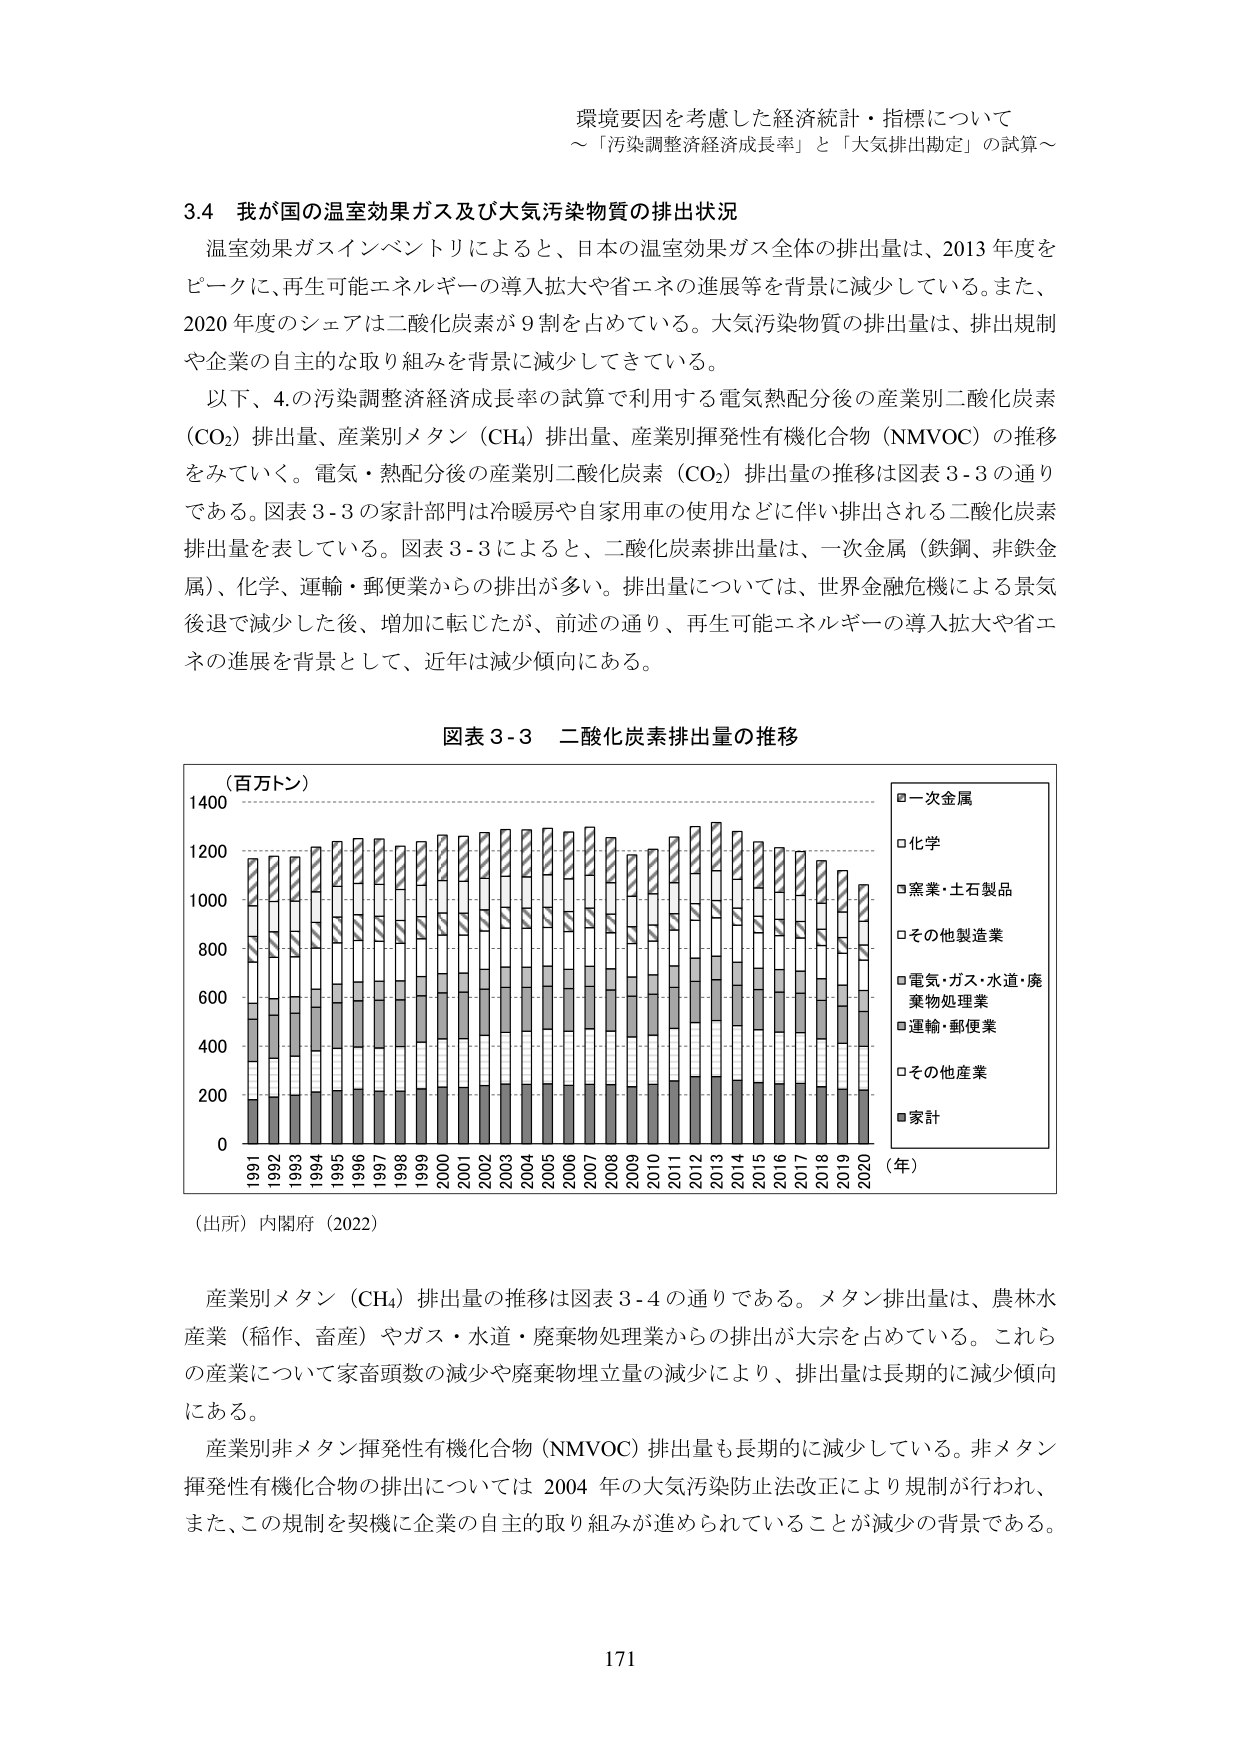
環境要因を考慮した経済統計・指標について
～「汚染調整経済成長率」と「大気排出勘定」の試算～

3.4 我が国の温室効果ガス及び大気汚染物質の排出状況
温室効果ガスインベントリによると、日本の温室効果ガス全体の排出量は、2013年度をピークに、再生可能エネルギーの導入拡大や省エネの進展等を背景に減少している。また、2020年度のシェアは二酸化炭素が9割を占めている。大気汚染物質の排出量は、排出規制や企業の自主的な取り組みを背景に減少してきている。
以下、4.の汚染調整経済成長率の試算で利用する電気熱配分後の産業別二酸化炭素（CO₂）排出量、産業別メタン（CH₄）排出量、産業別揮発性有機化合物（NMVOC）の推移をみていく。電気・熱配分後の産業別二酸化炭素（CO₂）排出量の推移は図表3-3の通りである。図表3-3の家計部門は冷暖房や自家用車の使用などに伴い排出される二酸化炭素排出量を表している。図表3-3によると、二酸化炭素排出量は、一次金属（鉄鋼、非鉄金属）、化学、運輸・郵便業からの排出が多い。排出量については、世界金融危機による景気後退で減少した後、増加に転じたが、前述の通り、再生可能エネルギーの導入拡大や省エネの進展を背景として、近年は減少傾向にある。

図表3-3 二酸化炭素排出量の推移
（百万トン）
1400
1200
1000
800
600
400
200
0
1991 1992 1993 1994 1995 1996 1997 1998 1999 2000 2001 2002 2003 2004 2005 2006 2007 2008 2009 2010 2011 2012 2013 2014 2015 2016 2017 2018 2019 2020
（年）
□一次金属
□化学
□窯業・土石製品
□その他製造業
□電気・ガス・水道・廃棄物処理業
□運輸・郵便業
□その他産業
■家計
（出所）内閣府（2022）

産業別メタン（CH₄）排出量の推移は図表3-4の通りである。メタン排出量は、農林水産業（稲作、畜産）やガス・水道・廃棄物処理業からの排出が大宗を占めている。これらの産業について家畜頭数の減少や廃棄物埋立量の減少により、排出量は長期的に減少傾向にある。
産業別非メタン揮発性有機化合物（NMVOC）排出量も長期的に減少している。非メタン揮発性有機化合物の排出については2004年の大気汚染防止法改正により規制が行われ、また、この規制を契機に企業の自主的取り組みが進められていることが減少の背景である。

171